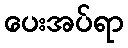
ပေးအပ်ရာ